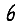
Digit: 6